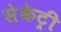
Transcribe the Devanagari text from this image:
सेकेट्री